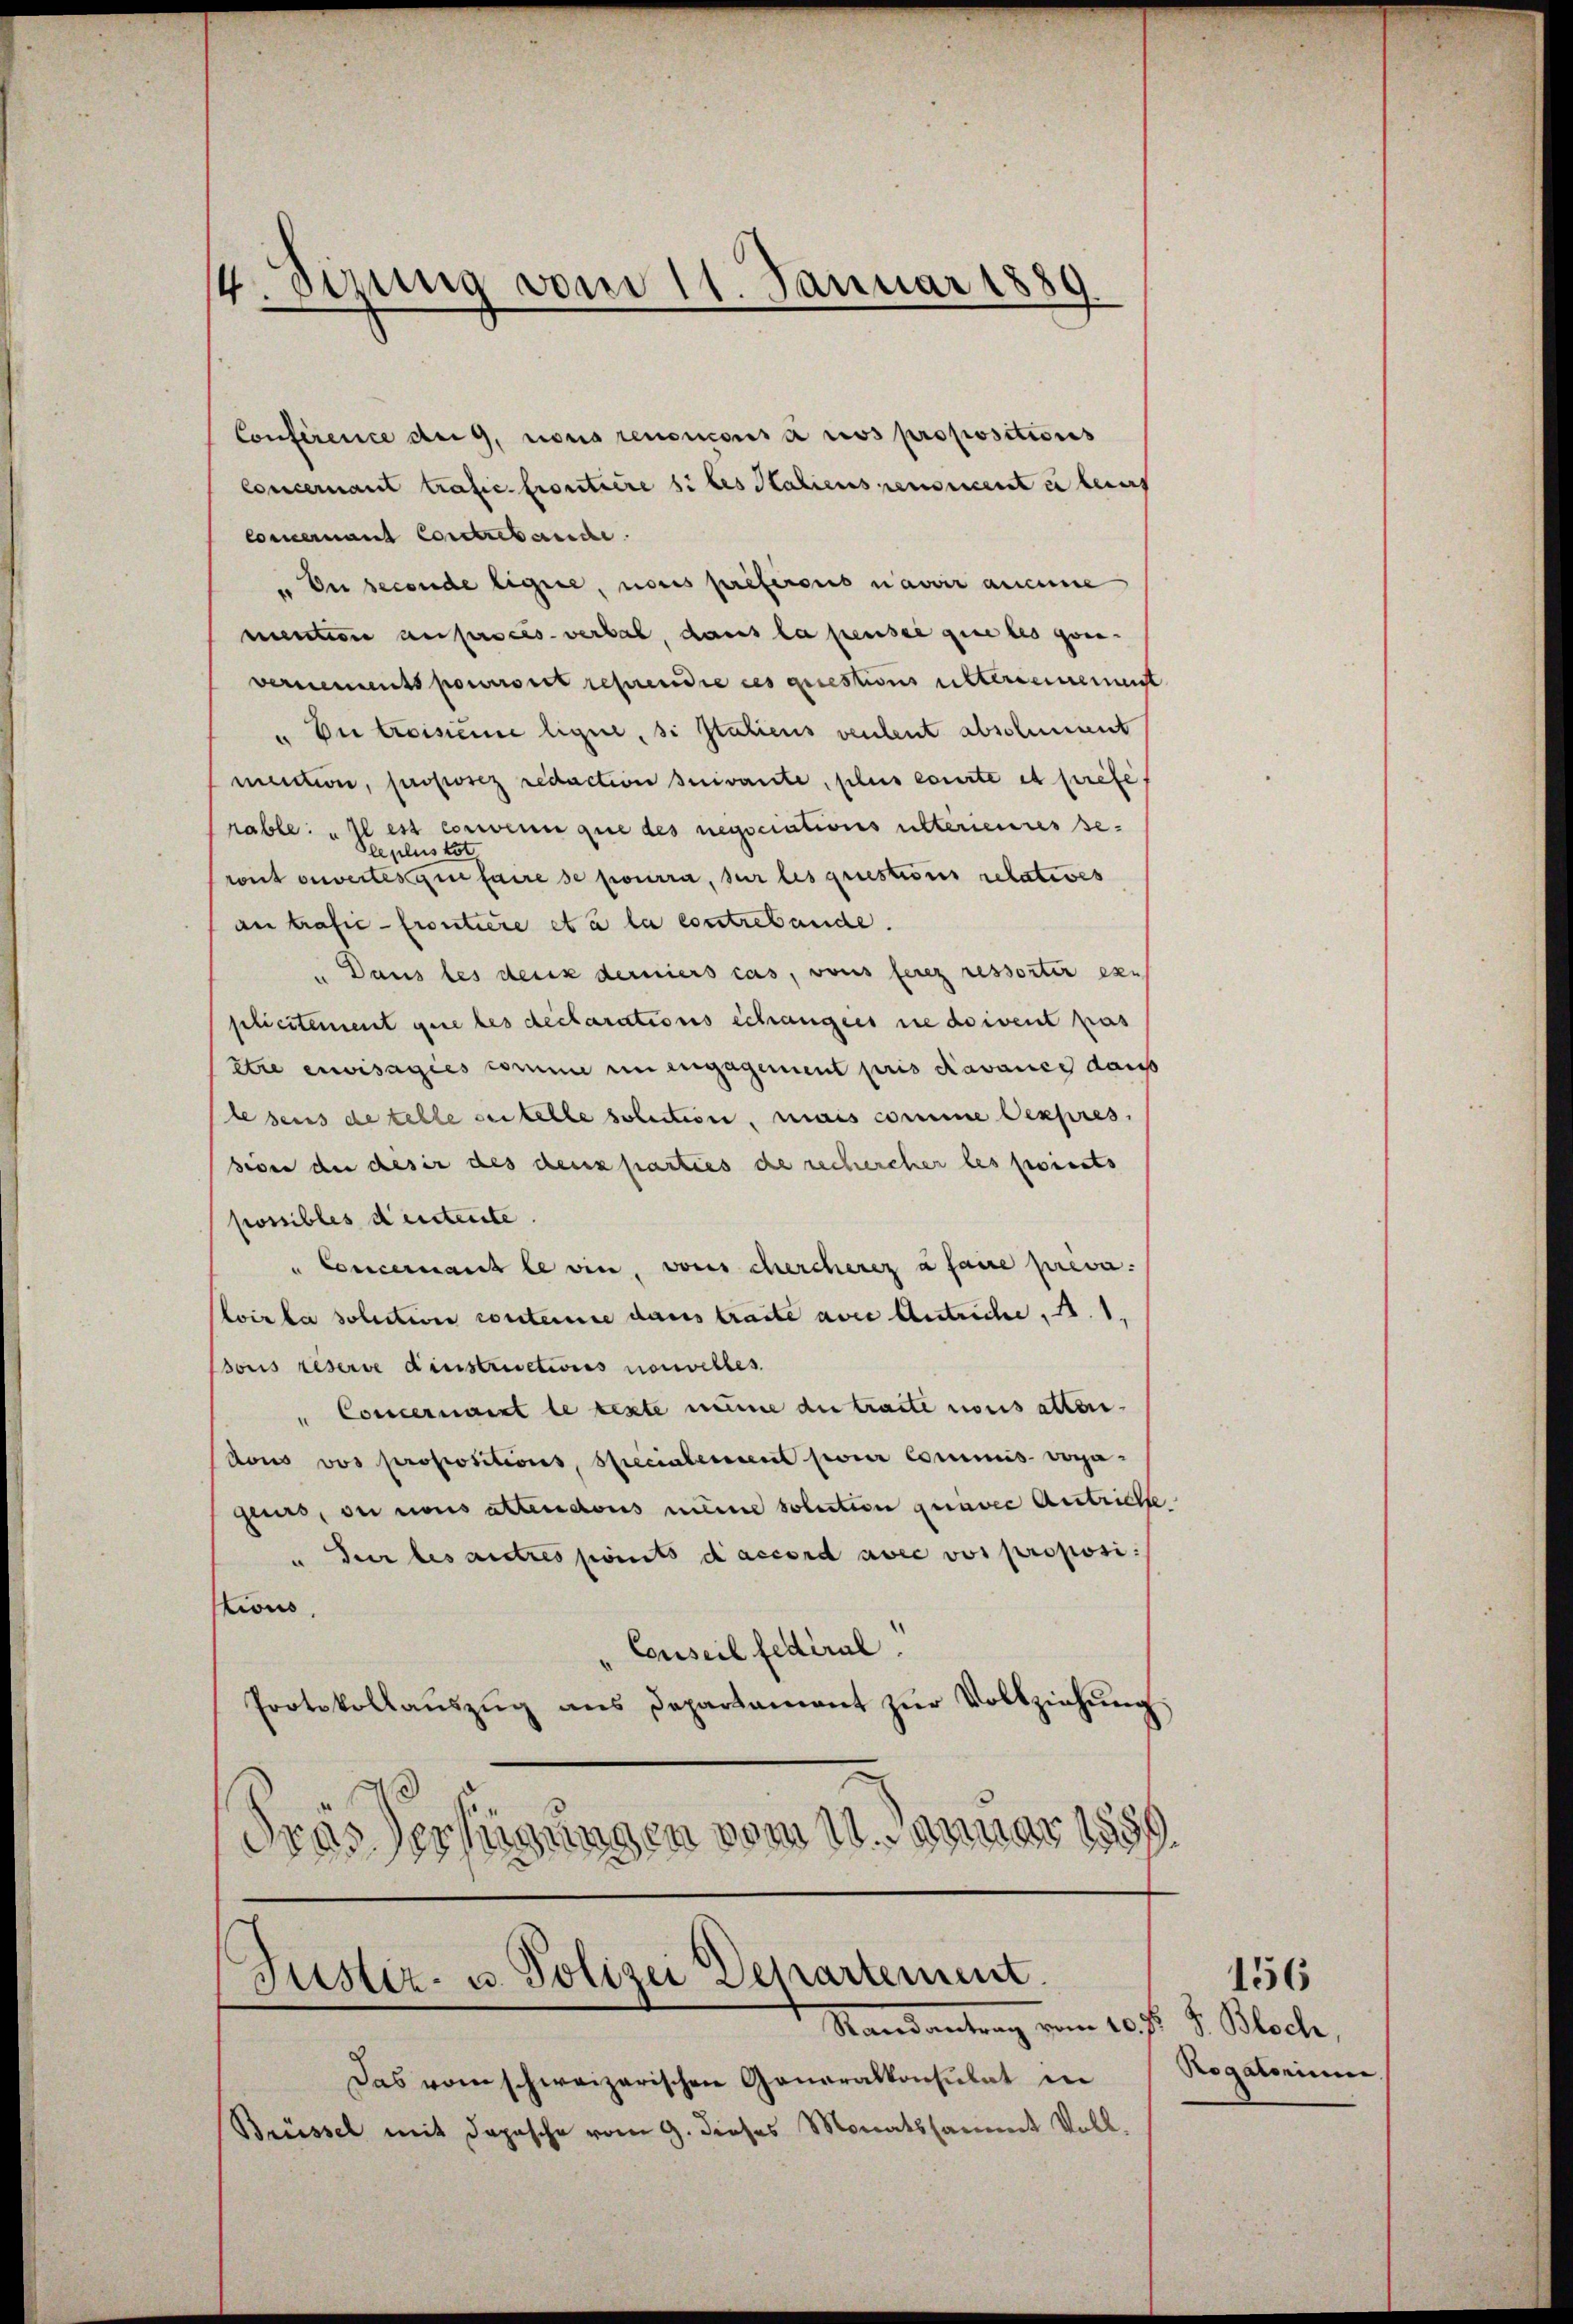
4.Otzung vom 11. Januar 1889.

Conference des nous renoncousa nos propositions
Concernant trafic. Frontaire si les Staliens renoncent in beruf
Concernant Concretarische
u Der besonde ligne, nous preferens navier aucune
menten anprocès-verbal, dans la pensee gute des gene-
vernements pourroit reprendre ces questions untersement
u Dir troisieme ligne, si Italiens verleut absolument
mection, proporz redaction suivante, plus courte et prefe
rable: „Il est cornenne que des negociationsulterieures se
Sleplus tot
ront ouvertenge faire se pourra, sur les questions relatives
an trafić - Croutiere et à la contrebande.
„Dans les deux derniers cas, vons ferez ressortir es
plicitement gere des declarations Schangers nie doivent pas
être envisagées comme in engagement pris Navance dans
lesens de telle gestelle solution, mais comme expres
sion der deser des deux parties de rechercher les perinets
possibles deutente.
" Concernant le vin, vons chercherez à faire preva
loir la solution conterne dans traite aver Antriche, A. 1.
dons réserve dinstructions nouvelles
Concernarrt le texte mine die traite nous alten.
dons vos propositions, Specialement jouir Commis vora-
geurs, ou nous attendons meine solution graver Antrichte.
" Sur les autres points d accord avec vos proposi
tions
"Conseil fediral.
Protokollaŭszŭg ans Departament zŭr Vollziehŭng
dras Verfügungen vom 11. Annar 1889.

Justiz- u. Polizei Departement.
Randantrag vom 20 st. J. Blocke,

Das vom schweizerischen Generalkonsulat in
Brüssel mit Dapasche vom 9. dieses Monatssammt Voll.

Rogatorium.

156